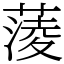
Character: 蔆